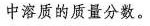
中溶质的质量分数。